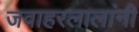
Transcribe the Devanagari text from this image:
जवाहरलालांनी